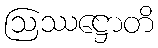
ဩဿဋ္ဌောတိ